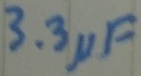
Text: 3.3µF